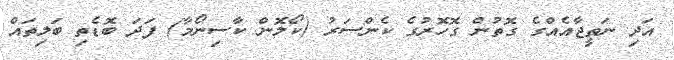
އަދި ނަތީޖާއެއްގެ ގޮތުން ގޮހޮރުގެ ކެންސަރު (ކޯލޮން ކާސިނޯމާ) ފަދަ ބޮޑެތި ބަލިތައް